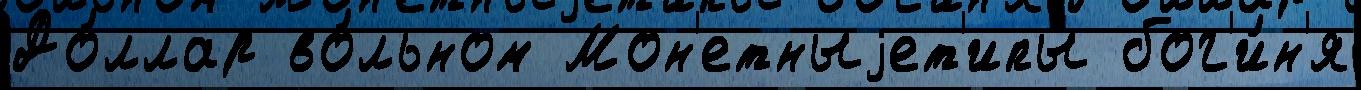
До́ллар во́льном Мон'етныjет'ипы бог'и́н'я